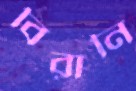
বিরানি